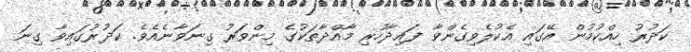
ކަދުރު ހިއްކުމުން އޭގައި އެކުލެވިގެންވާ ފައިދާހުރި މާއްދާތަކުގެ މިންވަރު ގިނަވާނެއެވެ. ކަދުރުގައިވާ ގިނަ